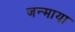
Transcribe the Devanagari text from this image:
जन्माया